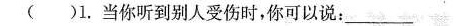
( )1.当你听到别人受伤时，你可以说：___